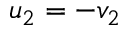
u _ { 2 } = - v _ { 2 } \,